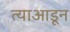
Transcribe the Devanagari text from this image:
त्याआडून